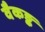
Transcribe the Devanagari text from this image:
वैकङ्क